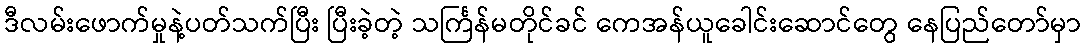
ဒီလမ်းဖောက်မှုနဲ့ပတ်သက်ပြီး ပြီးခဲ့တဲ့ သင်္ကြန်မတိုင်ခင် ကေအန်ယူခေါင်းဆောင်တွေ နေပြည်တော်မှာ